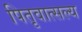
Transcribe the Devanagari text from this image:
पितृवात्सल्य